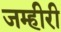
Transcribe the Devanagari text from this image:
जम्हीरी